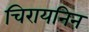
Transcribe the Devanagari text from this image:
चिरायनिन